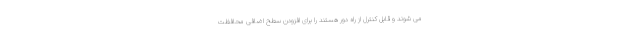
می شوند و قابل کنترل از راه دور هستند را برای افزودن سطح اضافی محافظت